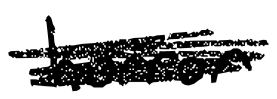
Text: horror
Cross-out: mix
Writing tool: digital_black